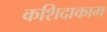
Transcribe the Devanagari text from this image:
कशिदाकाम